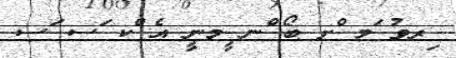
ިރވު ަމ ްށ ބޯ ްނ ީމނީ އެ ްކ ަސ ަސ